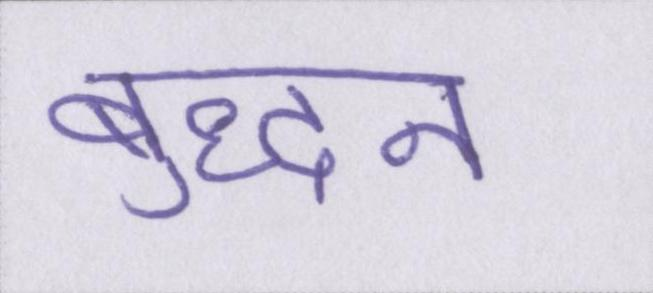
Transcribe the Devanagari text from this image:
बुद्धन